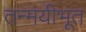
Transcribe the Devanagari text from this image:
तन्मयीभूत